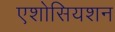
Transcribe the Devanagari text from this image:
एशोसियशन